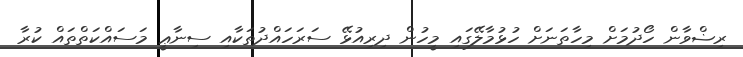
ރިޟްވާން ހޯދުމަށް މިހާތަނަށް ހުޅުމާލޭގައި މީހުން ދިރިއުޅޭ ސަރަހައްދުތަކާއި ސިނާޢީ މަސައްކަތްތައް ކުރާ